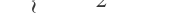
١٣